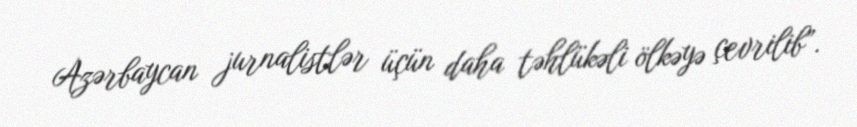
Azərbaycan jurnalistlər üçün daha təhlükəli ölkəyə çevrilib”.